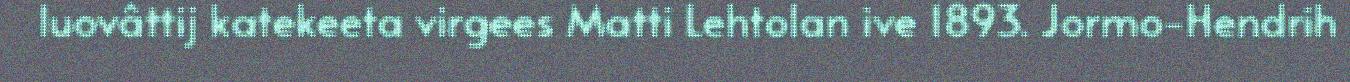
luovâttij katekeeta virgees Matti Lehtolan ive 1893. Jormo-Hendrih